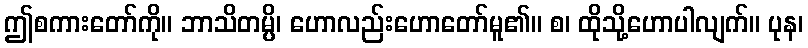
ဤစကားတော်ကို။ ဘာသိတမ္ပိ၊ ဟောလည်းဟောတော်မူ၏။ စ၊ ထိုသို့ဟောပါလျက်။ ပုန၊